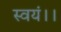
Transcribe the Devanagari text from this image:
स्वयं।।